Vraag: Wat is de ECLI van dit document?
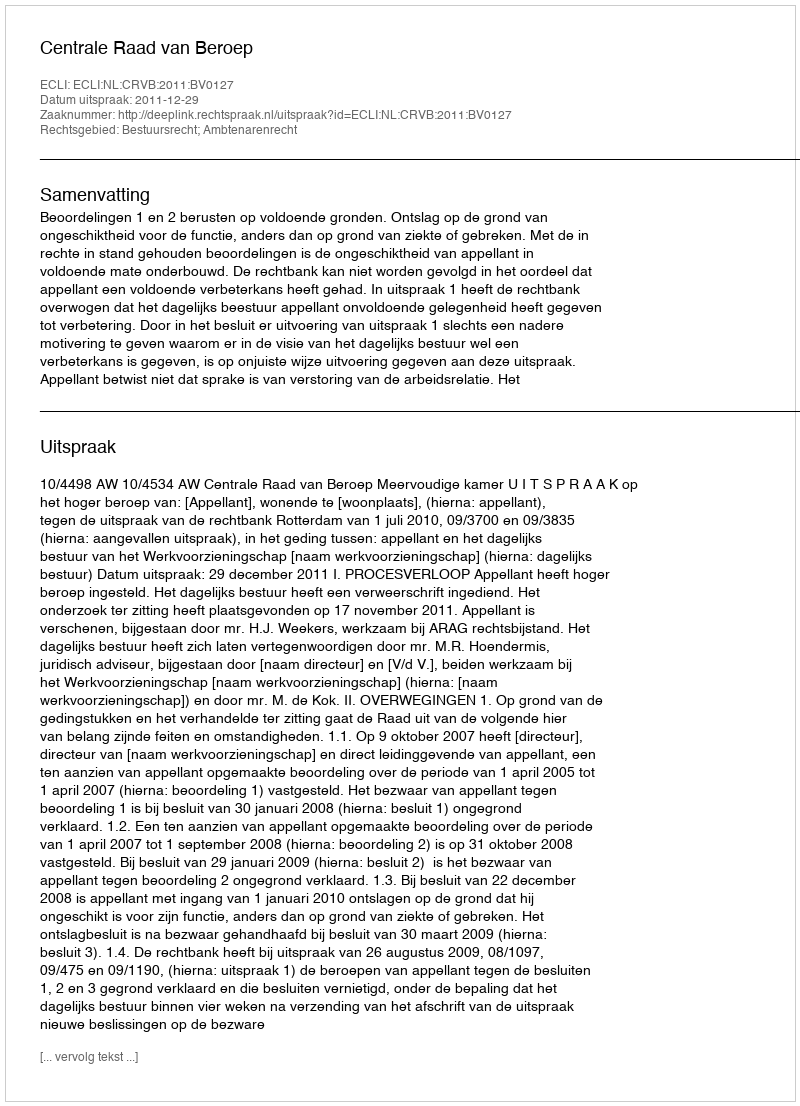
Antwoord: ECLI:NL:CRVB:2011:BV0127